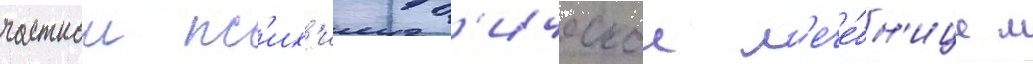
частнои пс'их'иатр'ическои л'ече́бн'ице м